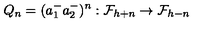
Q _ { n } = ( a _ { 1 } ^ { - } a _ { 2 } ^ { - } ) ^ { n } : { \cal F } _ { h + n } \rightarrow { \cal F } _ { h - n }